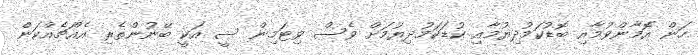
ހަން އޮމާންވުމާއި ބޮޑުކަމުދިޔުމާއި ކުޑަކަމުދިޔުމަށް ވެސް ވިޓަމިން ސީ އަކީ ބޭނުންތެރި އެއްޗެއްކަން